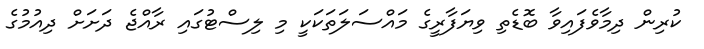
ކުރިން ދިމާވެފައިވާ ބޮޑެތި ވިޔަފާރީގެ މައްސަލަތަކަކީ މި ލިސްޓުގައި ރާއްޖެ ދަށަށް ދިއުމުގެ